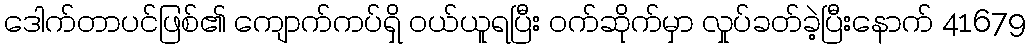
ဒေါက်တာပင်ဖြစ်၏ ကျောက်ကပ်ရှိ ဝယ်ယူရပြီး ဝက်ဆိုက်မှာ လှုပ်ခတ်ခဲ့ပြီးနောက် 41679